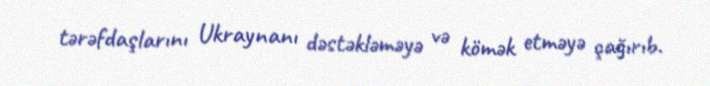
tərəfdaşlarını Ukraynanı dəstəkləməyə və kömək etməyə çağırıb.